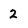
Character: 2